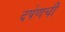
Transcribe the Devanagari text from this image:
दर्पणची